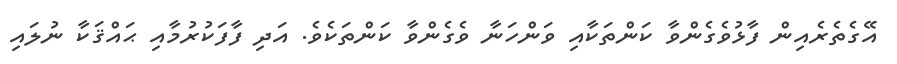
އޭގެތެރެއިން ފާޅުވެގެންވާ ކަންތަކާއި ވަންހަނާ ވެގެންވާ ކަންތަކެވެ. އަދި ފާފަކުރުމާއި ޙައްޤަކާ ނުލައި